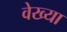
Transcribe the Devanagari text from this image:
वेख्या